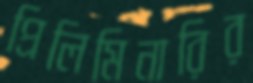
প্রিলিমিনারির